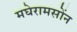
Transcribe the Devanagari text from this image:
मघेरामसोंन